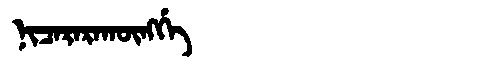
Manchu: ᠨᡳᠴᠠᡵᠠᡵᠠᡴᡡᠩᡤᡝ
Romanization: NICARARAKŪNGGE